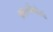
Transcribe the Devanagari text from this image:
क्रास्नोगोर्स्क